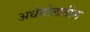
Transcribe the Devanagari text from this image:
अर्धगोलातील